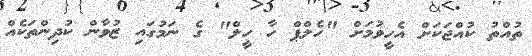
ތުއްތު ކުއްޖަކަށް އެހީވުމަށް "ހެލްޕް ހާ ހީލް" ގެ ނަމުގައި ޒުވާން ކުދިންތަކެއް